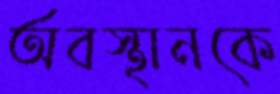
অবস্থানকে